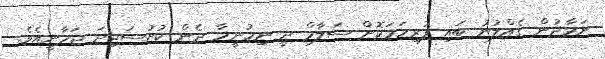
ނަމާދުން ގެއްލުނު ބައި ފުރިހަމަކޮށް ސަލާމް ދީ ނިމުނީމާ ދެން ކުށުސަޖިދަ ޖަހާނީއެވެ.